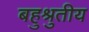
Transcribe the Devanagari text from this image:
बहुश्रुतीय